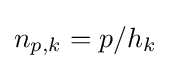
n_{p,k}=p/h_{k}